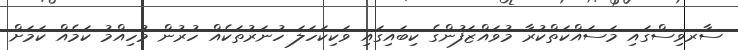
ސާރވިސްގައި މަސައްކަތްކުރާ މުވައްޒަފުންގެ ކިބައިގައި ވަކިކަހަލަ ހުނަރުތަކެއް ހުރުން މުހިއްމު ކަމެއް ކަމަށް